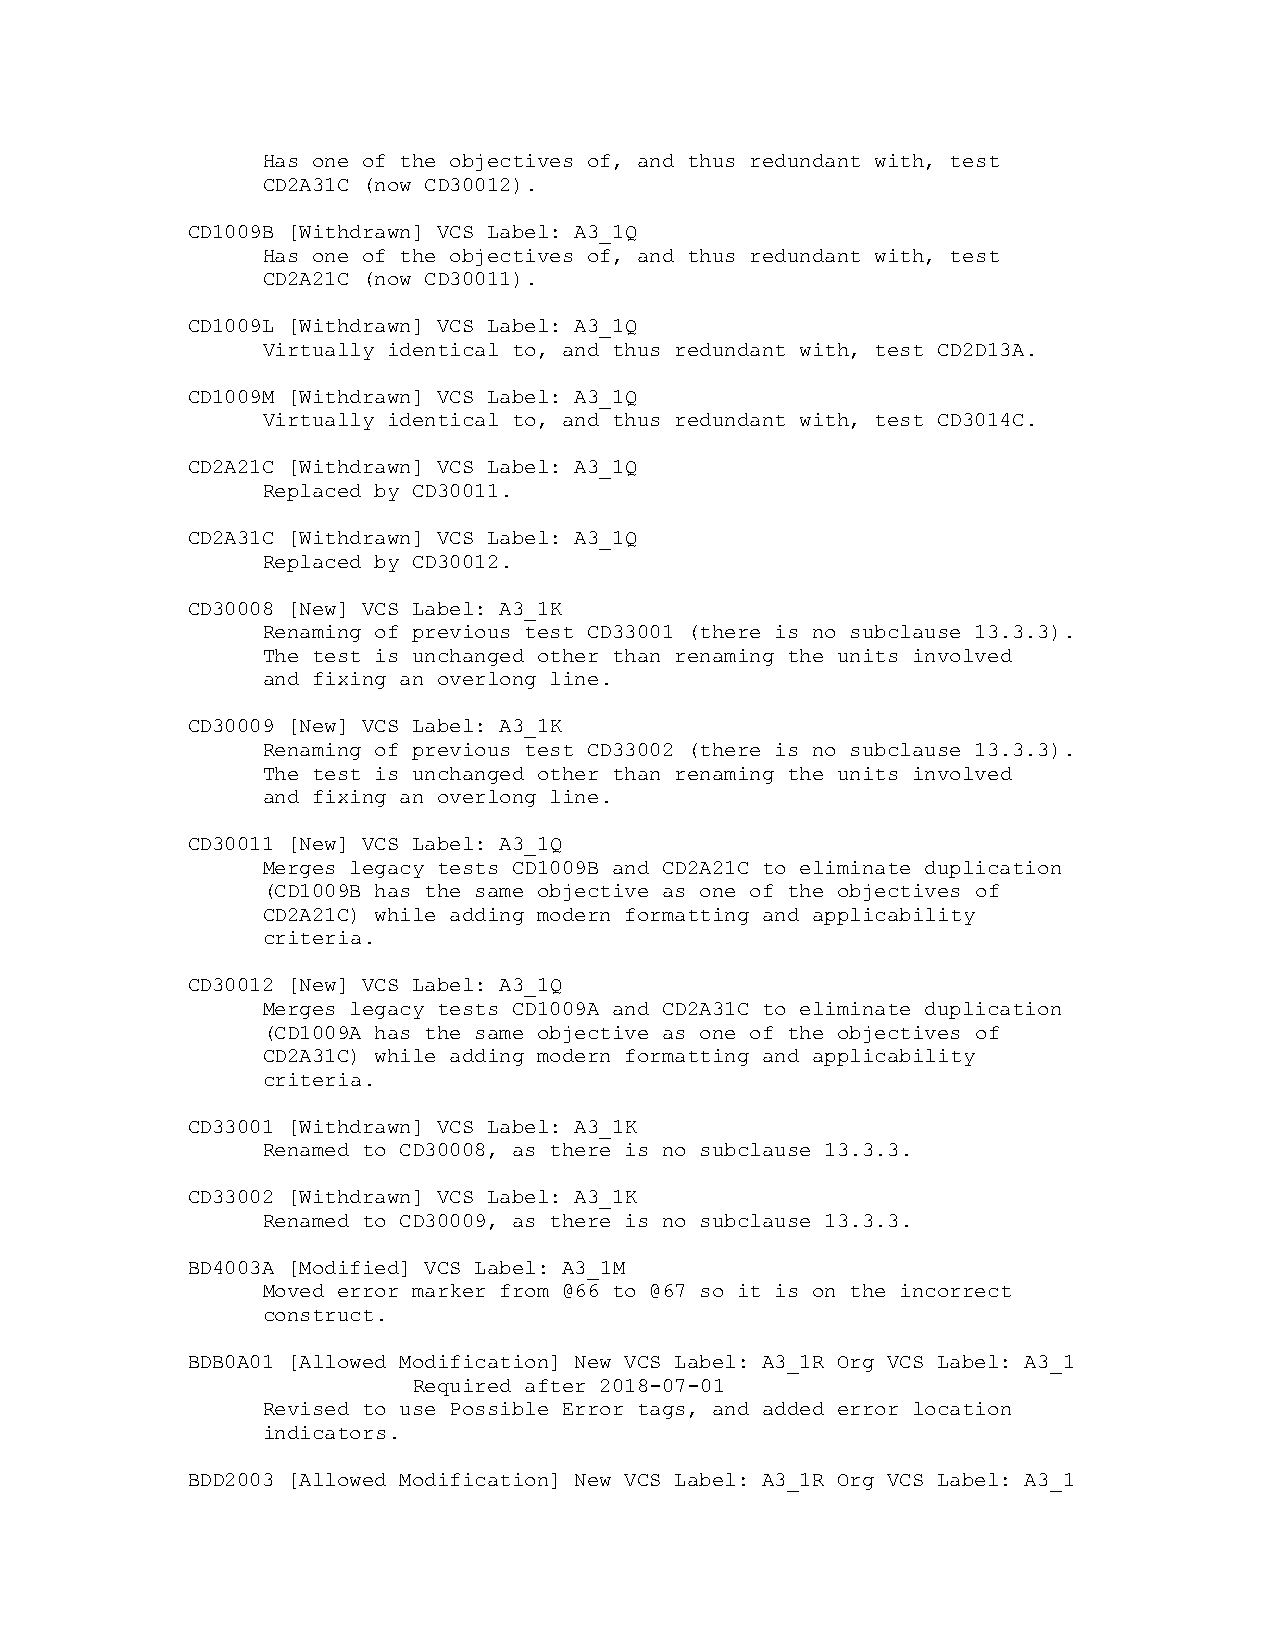
Has one of the objectives of, and thus redundant with, test
 CD2A31C (now CD30012).
 CD1009B [Withdrawn] VCS Label: A3_1Q
 Has one of the objectives of, and thus redundant with, test
 CD2A21C (now CD30011).
 CD1009L [Withdrawn] VCS Label: A3_1Q
 Virtually identical to, and thus redundant with, test CD2D13A.
 CD1009M [Withdrawn] VCS Label: A3_1Q
 Virtually identical to, and thus redundant with, test CD3014C.
 CD2A21C [Withdrawn] VCS Label: A3_1Q
 Replaced by CD30011.
 CD2A31C [Withdrawn] VCS Label: A3_1Q
 Replaced by CD30012.
 CD30008 [New] VCS Label: A3_1K
 Renaming of previous test CD33001 (there is no subclause 13.3.3).
 The test is unchanged other than renaming the units involved
 and fixing an overlong line.
 CD30009 [New] VCS Label: A3_1K
 Renaming of previous test CD33002 (there is no subclause 13.3.3).
 The test is unchanged other than renaming the units involved
 and fixing an overlong line.
 CD30011 [New] VCS Label: A3_1Q
 Merges legacy tests CD1009B and CD2A21C to eliminate duplication
 (CD1009B has the same objective as one of the objectives of
 CD2A21C) while adding modern formatting and applicability
 criteria.
 CD30012 [New] VCS Label: A3_1Q
 Merges legacy tests CD1009A and CD2A31C to eliminate duplication
 (CD1009A has the same objective as one of the objectives of
 CD2A31C) while adding modern formatting and applicability
 criteria.
 CD33001 [Withdrawn] VCS Label: A3_1K
 Renamed to CD30008, as there is no subclause 13.3.3.
 CD33002 [Withdrawn] VCS Label: A3_1K
 Renamed to CD30009, as there is no subclause 13.3.3.
 BD4003A [Modified] VCS Label: A3_1M
 Moved error marker from @66 to @67 so it is on the incorrect
 construct.
 BDB0A01 [Allowed Modification] New VCS Label: A3_1R Org VCS Label: A3_1
 Required after 2018-07-01
 Revised to use Possible Error tags, and added error location
 indicators.
 BDD2003 [Allowed Modification] New VCS Label: A3_1R Org VCS Label: A3_1